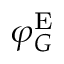
\varphi _ { G } ^ { \mathrm { E } }